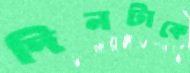
দিনটাকে